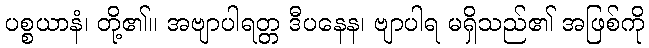
ပစ္စယာနံ၊ တို့၏။ အဗျာပါရတ္တ ဒီပနေန၊ ဗျာပါရ မရှိသည်၏ အဖြစ်ကို